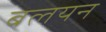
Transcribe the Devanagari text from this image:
बलयन